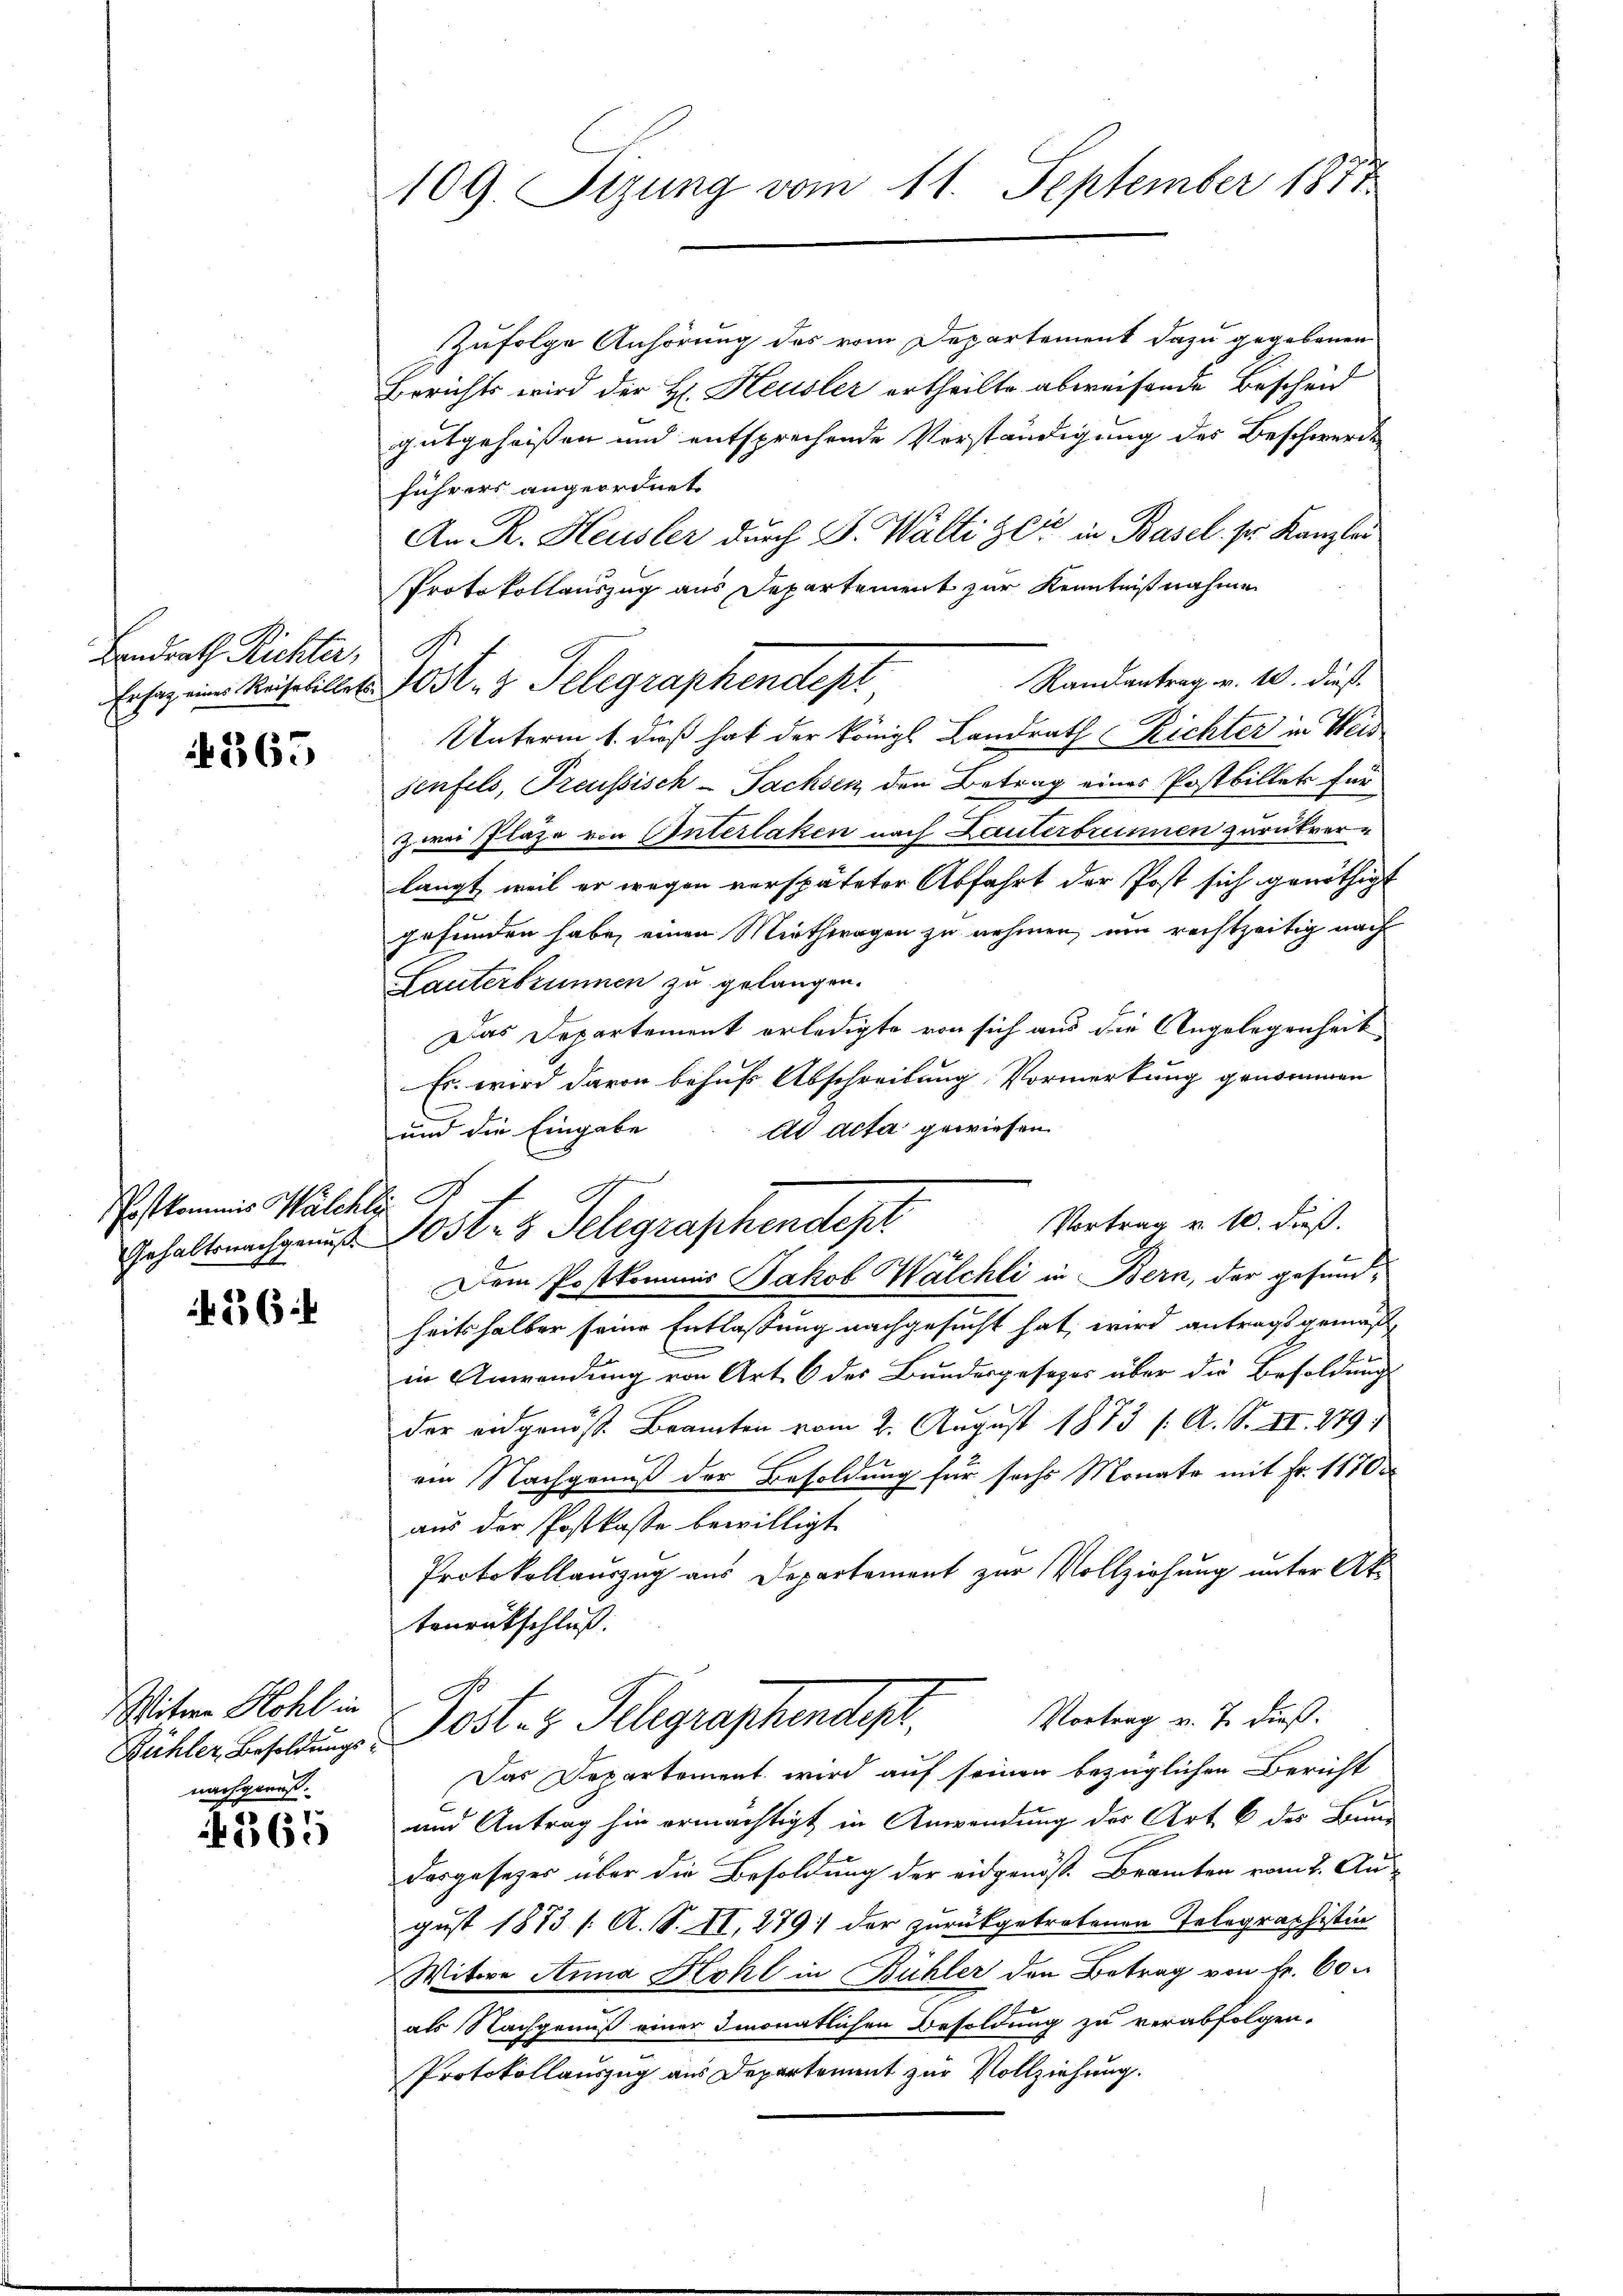
Landrath Richter, R

6365

Postkommis Walchle

236

Witwe Hohl in
nachgenuß.

365

109. Sizung vom 11. September 1877

Zufolge Anhörung des vom Departement dazu gegebenen
Berichts wird der H. Heusler ertheilte abweisende Bescheid
gutgeheißen und entsprechende Verständigung des Beschwerden
führers angeordnet
An R. Heusler durch S. Waltiger in Basel, sr. Kanzler
Protokollauszug aus Departement zur Kenntnißnahme
Randantrag v. 10. dieß
Unterm 1. dieß hat der Königl. Landrath Richter in Weis
senfels, Preußisch - Sachsen den Betrag eines Postbillet für
zwei Plaze von Interlaken nach Lauterbrunnen zurückverlangt, weil er wegen verspäteter Abfahrt der Post sich genöthigt
gefunden habe, einen Miethwagen zu nehmen, um rechtzeitig nach
Lauterbrunnen zu gelangen.
Das Departement erledigte von sich aus die Angelegenheit
Es wird davon behufs Abschreibung, Vormerkung genommen
Ad acta gewiesen.
und die Eingabe
Dem Postkommis Jakob Wälchli in Bern, der gesund-
heitshalber seine Entlassung nachgesucht hat, wird antrags gemäß,
in Anwendung von Art. 6 des Bundesgesezes über die Besoldung
der eidgenös. Branten vom 2. August 1873 (: A. S. II. 279.
.
ein Nachgenuß der Besoldung für sechs Monate mit Fr. 1170
aus der Postkasse bewilligt.
Protokollauszug aus Departement zur Vollziehung unter Attenrückschluß.
Vortrag v. J. dieß.
Bühler Besoldung. Ost- u. Telegraphendepr
Das Departement wird auf seinen bezüglichen Bericht
und Antrag hin ermächtigt in Anwendung der Art. 6 der Bund
dargesezes über die Besoldung der eidgenös. Branten vom 2. August 1873 f. A. S. II, 279 der zurückgetretenen Telegraphistin
Witwe Anna Kohl in Bühler den Betrag von Fr. 60
als Nachgenuß einer Imonatlichen Besoldung zu verabfolgen.
Protokollauszug aus Departement zur Vollziehung.

Er sag eine Maschillet 10 l. z. Telegraphendepl

Vortrag v. 10. dieß.
Gehalternachgaus Post- & Telegraphendest